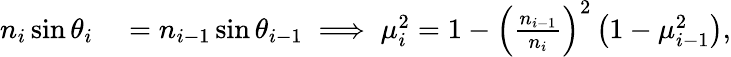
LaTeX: \begin{array}{rl}{n_{i}\sin\theta_{i}}&{{}=n_{i-1}\sin\theta_{i-1}\implies\mu_{i}^{2}=1-\left(\frac{n_{i-1}}{n_{i}}\right)^{2}\left(1-\mu_{i-1}^{2}\right),}\end{array}